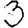
Digit: 3